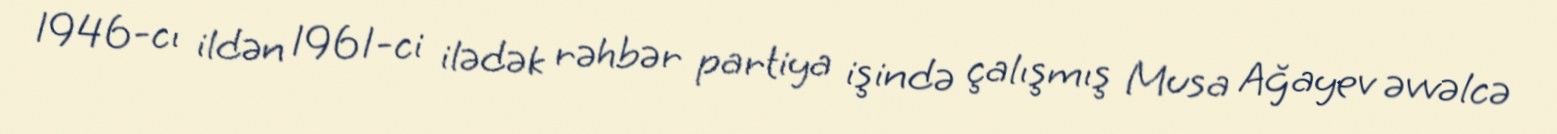
1946-cı ildən 1961-ci ilədək rəhbər partiya işində çalışmış Musa Ağayev əvvəlcə